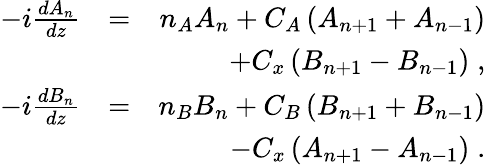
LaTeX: \begin{array}{rlr}{-i\frac{dA_{n}}{dz}}&{=}&{n_{A}A_{n}+C_{A}\left(A_{n+1}+A_{n-1}\right)}\\ &{}&{+C_{x}\left(B_{n+1}-B_{n-1}\right)\; ,}\\ {-i\frac{dB_{n}}{dz}}&{=}&{n_{B}B_{n}+C_{B}\left(B_{n+1}+B_{n-1}\right)}\\ &{}&{-C_{x}\left(A_{n+1}-A_{n-1}\right)\; .}\end{array}